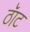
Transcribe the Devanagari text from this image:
ठॅाट